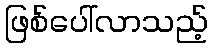
ဖြစ်ပေါ်လာသည့်